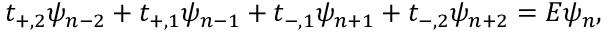
t _ { + , 2 } \psi _ { n - 2 } + t _ { + , 1 } \psi _ { n - 1 } + t _ { - , 1 } \psi _ { n + 1 } + t _ { - , 2 } \psi _ { n + 2 } = E \psi _ { n } ,